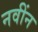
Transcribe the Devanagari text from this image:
नवींन